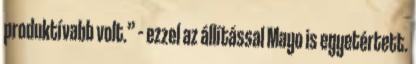
produktívabb volt.” – ezzel az állítással Mayo is egyetértett.